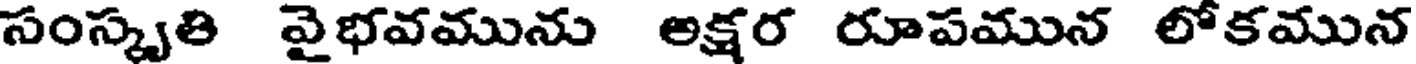
సంస్కృతి వైభవమును అక్షర రూపమున లోకమున